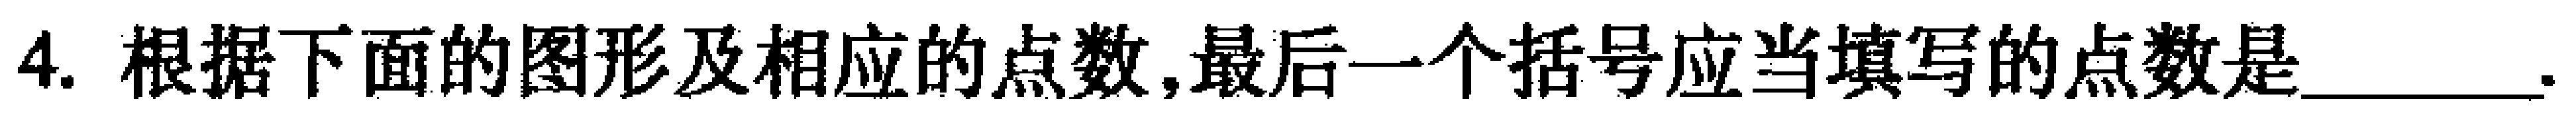
4. 根据下面的图形及相应的点数,最后一个括号应当填写的点数是______.